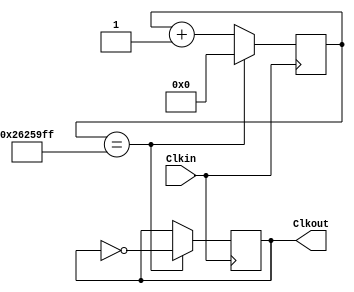
module Clk_800ms(
    input Clkin,
    output reg Clkout
    );
    
    reg [28:0] count =0;
    reg Clkout = 0;
    
    always@(posedge Clkin)
    begin
        if(count==28'd39_999_999)             //for 800ms, count = 39_999_999
        begin
            Clkout<=~Clkout;
            count<=0;
        end
        
        else
            count<=count+1;
    end
endmodule